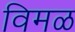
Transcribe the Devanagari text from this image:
विमळ